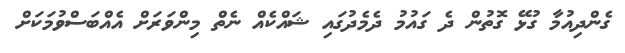
ގެންދިއުމާ ގުޅޭ ގޮތުން ދެ ގައުމު ދެމެދުގައި ޝައްކެއް ނެތް މިންވަރަށް އެއްބަސްވުމަކަށް